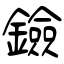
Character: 鐱